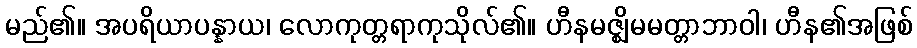
မည်၏။ အပရိယာပန္နာယ၊ လောကုတ္တရာကုသိုလ်၏။ ဟီနမဇ္ဈိမမတ္တာဘာဝါ၊ ဟီန၏အဖြစ်